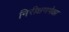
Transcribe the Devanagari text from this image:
निरीक्षणपेक्षा